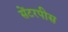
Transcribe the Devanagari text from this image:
सेंटरपीस